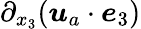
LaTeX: \partial_{x_{3}}(\boldsymbol{u}_{a}\cdot\boldsymbol{e}_{3})